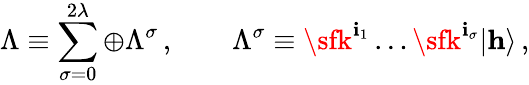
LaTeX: \Lambda\equiv\sum_{\sigma=0}^{2\lambda}\oplus\Lambda^{\sigma}\, ,\qquad\Lambda^{\sigma}\equiv{\sfk}^{\mathbf{i}_{1}}\ldots{\sfk}^{\mathbf{i}_{\sigma}}|{\mathbf{h}}\rangle\, ,